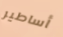
أساطير